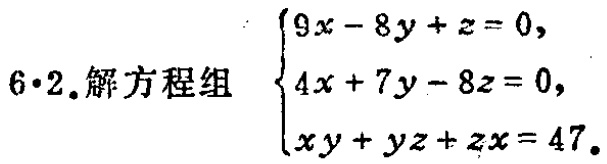
\(6\cdot2.解方程组\begin{cases}9x - 8y + z = 0,\\4x + 7y - 8z = 0,\\xy + yz + zx = 47.\end{cases}\)